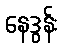
နေဒွန်း